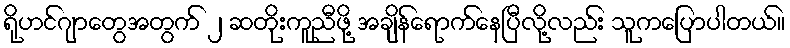
ရိုဟင်ဂျာတွေအတွက် ၂ ဆတိုးကူညီဖို့ အချိန်ရောက်နေပြီလို့လည်း သူကပြောပါတယ်။